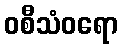
ဝစီသံဝရော